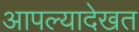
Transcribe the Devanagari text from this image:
आपल्यादेखत